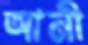
আনী